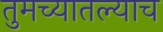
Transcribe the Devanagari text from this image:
तुमच्यातल्याच